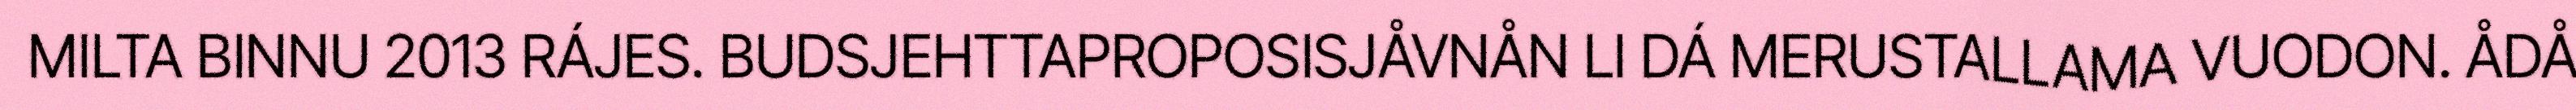
MILTA BINNU 2013 RÁJES. BUDSJEHTTAPROPOSISJÅVNÅN LI DÁ MERUSTALLAMA VUODON. ÅDÅ